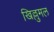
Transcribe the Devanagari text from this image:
खिल्लुमल